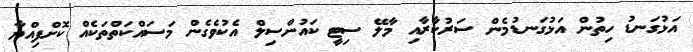
އަޅުގަނޑު ހިތުން އަޅުގަނޑުމެން ސަރުކާރާއި މާލޭ ސިޓީ ކައުންސިލް އެކުވެގެން މަސައްކަތްތަކެއް ކޮށްފިއްޔާ